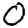
Digit: 0